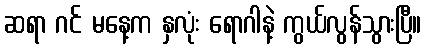
ဆရာ ဂင် မနေ့က နှလုံး ရောဂါနဲ့ ကွယ်လွန်သွားပြီ။